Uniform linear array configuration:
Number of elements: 64
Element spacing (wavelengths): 1
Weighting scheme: cosine
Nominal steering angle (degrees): -45
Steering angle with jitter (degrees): -44.271
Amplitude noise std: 0.05
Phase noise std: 0.05

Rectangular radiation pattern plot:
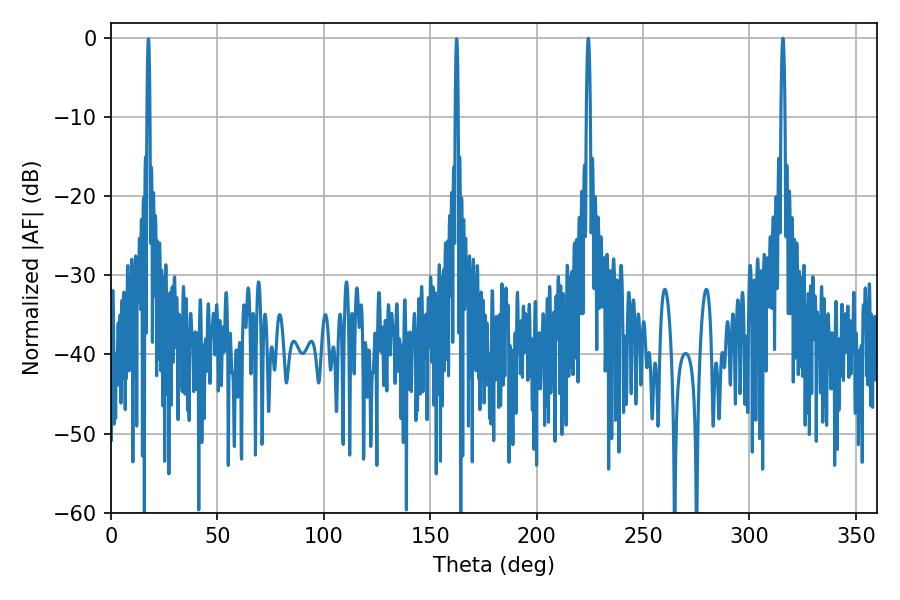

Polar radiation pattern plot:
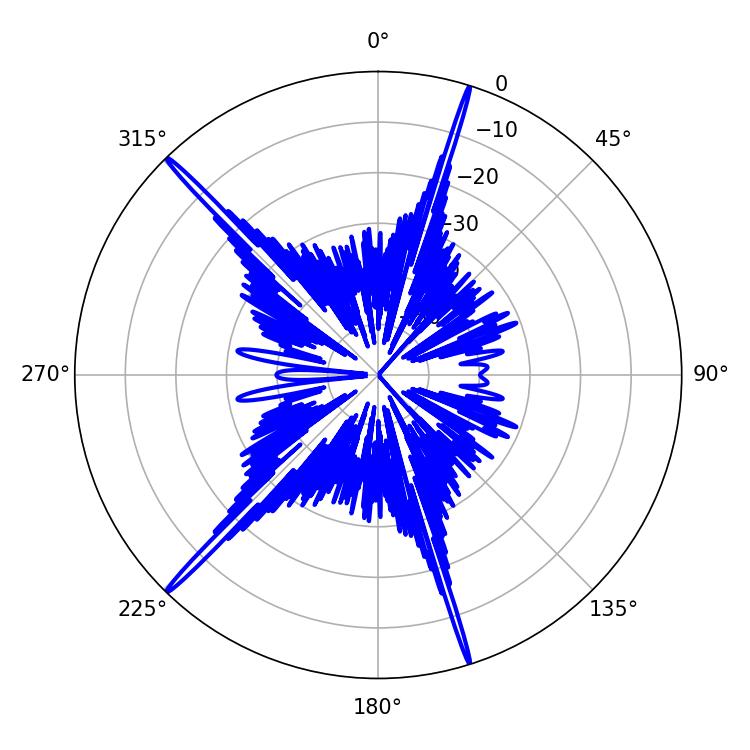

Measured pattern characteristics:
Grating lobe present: TRUE
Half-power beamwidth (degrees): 1.08
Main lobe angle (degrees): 315.72